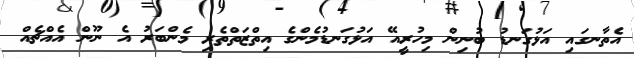
އެތާނގައި އަޅުގަނޑު ބުނިން މިހުރީއޭ އަޅުގަނޑުމެންގެ އިތްޒަތްތެރި މެންބަރު އެ ނޫން އެއްޗެއް